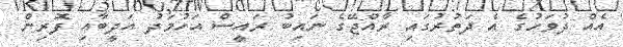
އެއް ދުވަަހުގެ އެ ދަތުރުގައި ރާއްޖޭގެ ނައިބު ރައީސް އަހުމަދު އަދީބާއި ފޮރިން